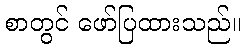
စာတွင် ဖော်ပြထားသည်။